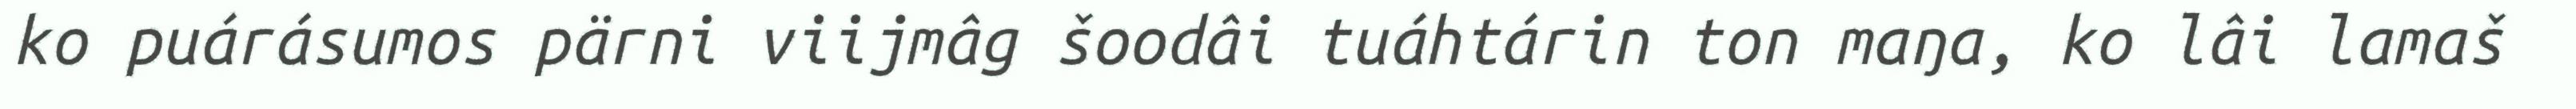
ko puárásumos pärni viijmâg šoodâi tuáhtárin ton maŋa, ko lâi lamaš